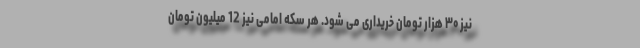
نیز ۳۰ هزار تومان خریداری می شود. هر سکه امامی نیز 12 میلیون تومان